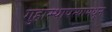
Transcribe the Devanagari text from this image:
गुहास्थापत्यामधून